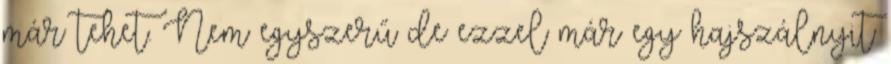
már tehet. Nem egyszerű de ezzel már egy hajszálnyit